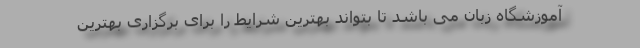
آموزشگاه زبان می باشد تا بتواند بهترین شرایط را برای برگزاری بهترین